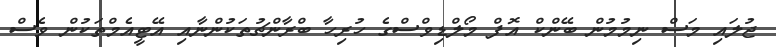
ޖުލައި މަސް ނިމުމުން ބޭންކް އޮފް މޯލްޑިވްސްގެ ހުރިހާ ބްރާންޗުތަކުންނާއި އޭޓީއެމްތަކުން ވެސް